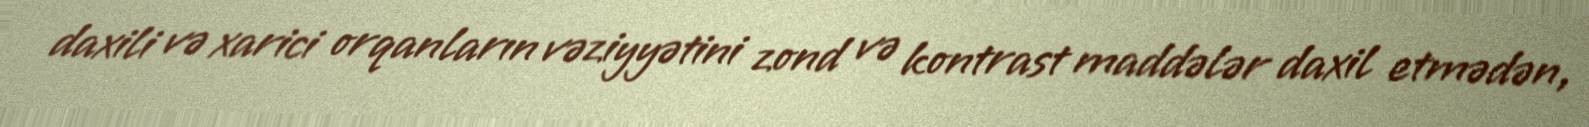
daxili və xarici orqanların vəziyyətini zond və kontrast maddələr daxil etmədən,